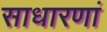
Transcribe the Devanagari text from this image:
साधारणां